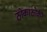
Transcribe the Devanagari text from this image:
ठोकाठोकी